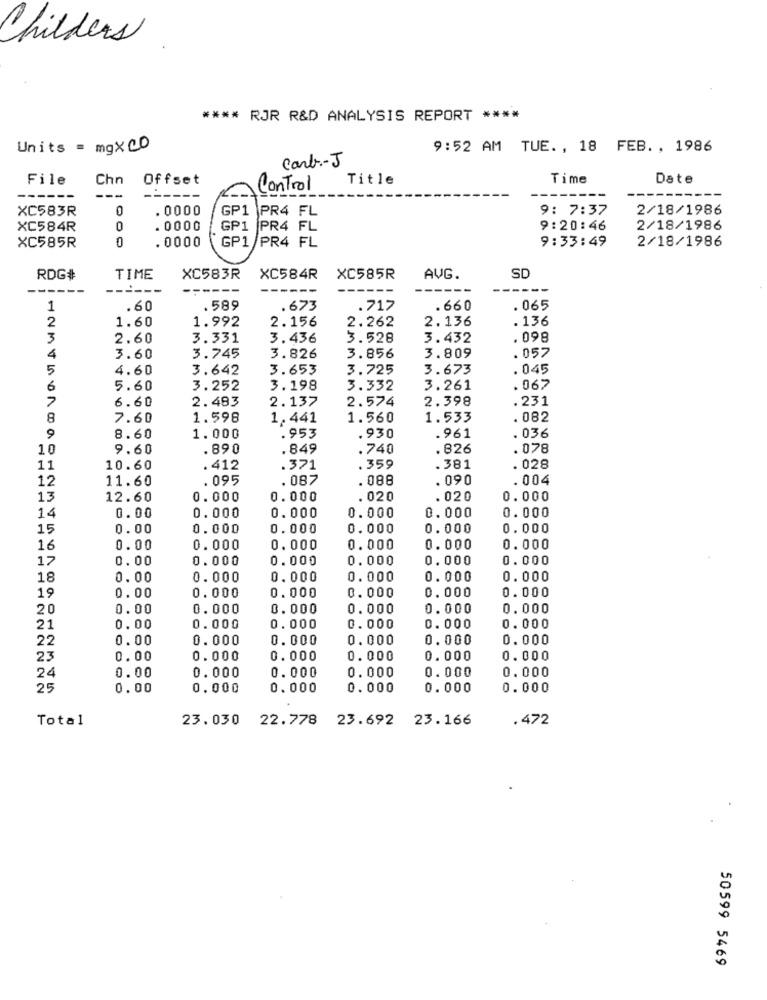
Childers
**** RJR R&D ANALYSIS REPORT ****
Units = mgXCD
9:52 AM TUE ., 18 FEB ., 1986
carb .- J
File
Chn
Offset
Title
Time
Date
Control
XC583R
. 0000
GP1 PR4 FL
9: 7:37
2/18/1986
XC584R
. 0000
GP1 PR4 FL
9:20:46
2/18/1986
.0000
9:33:49
2/18/1986
XC585R
1000
GP1 /PR4 FL
RDG#
TIME
XC583R
XC584R
XC585R
AVG.
SD
1
.60
.589
.673
.717
. 660
. 065
2
1.60
1.992
2.156
2.262
2.136
. 136
3
2.60
3.331
3.436
3.528
3.432
.098
3.809
. 057
4
3.60
3.745
3.826
3.856
5
4.60
3.642
3.653
3.725
3.673
. 045
6
5.60
3.252
3.198
3.332
3.261
. 067
2.483
2.137
2.574
2.398
. 231
6.60
8
7.60
1.598
1,441
1.560
1.533
. 082
9
8.60
1.000
.953
. 930
.961
.036
10
9.60
.890
.849
.740
.826
. 078
11
10.60
.412
.371
.359
.381
. 028
12
11.60
.095
. 087
. 088
. 090
. 004
13
12.60
0.000
0.000
.020
.020
0.000
14
0.00
0.000
0.000
0.000
0.000
0.000
15
0.00
0.000
0.000
0.000
0.000
0. 000
16
0.00
0.000
0.000
0.000
0.000
0.000
17
0.00
0.000
0.000
0.000
0.000
0.000
18
0.00
0.000
0.000
0.000
0.000
0.000
0.000
19
0.00
0.000
0.000
0.000
0.000
20
0.00
0.000
0.000
0.000
0.000
0.000
21
0.00
0.000
0.000
0.000
0.000
0.000
22
0.00
0.000
0.000
0.000
0.000
0.000
23
0.00
0.000
0.000
0.000
0.000
0.000
24
0.000
0.000
0.000
0.00
0.000
0.000
25
0.00
0.000
0.000
0.000
0.000
0.000
Total
23.030 22.778 23.692 23.166
.472
50599 5469